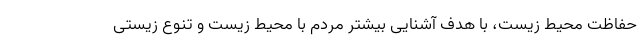
حفاظت محیط زیست، با هدف آشنایی بیشتر مردم با محیط زیست و تنوع زیستی